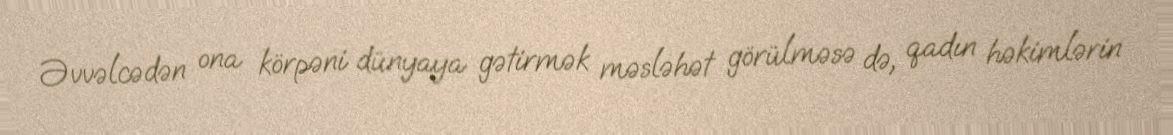
Əvvəlcədən ona körpəni dünyaya gətirmək məsləhət görülməsə də, qadın həkimlərin